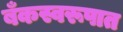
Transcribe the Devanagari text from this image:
बँकस्वरूपात